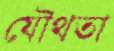
যৌথতা